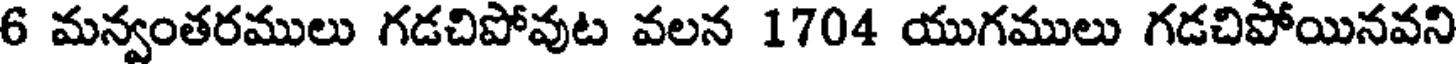
6 మన్వంతరములు గడచిపోవుట వలన 1704 యుగములు గడచిపోయినవని